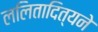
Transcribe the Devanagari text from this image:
ललितादित्यने